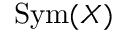
\operatorname { S y m } ( X )